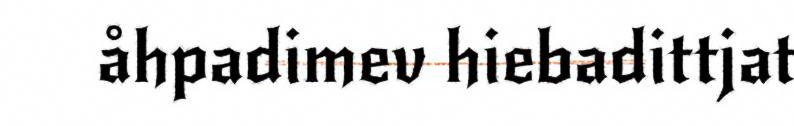
åhpadimev hiebadittjat